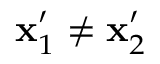
\mathbf { x } _ { 1 } ^ { \prime } \neq \mathbf { x } _ { 2 } ^ { \prime }